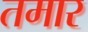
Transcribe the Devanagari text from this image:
तमार